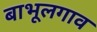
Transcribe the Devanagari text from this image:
बाभूलगाव